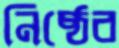
নিষ্ঠেব